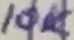
Text: 10K